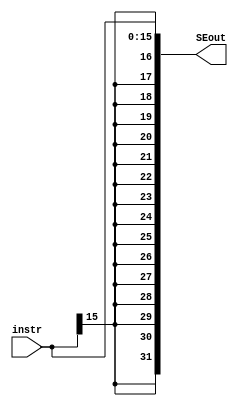
// EECE3324 
// Computer Architecture
// Final Project
// Kevin Wong & Jonathan Marrero

// Module for Sign Extend
// Input: Instruction [15-0]
// Output: Sign Extend output

module SignExtend(instr, SEout);
  
  input [15:0] instr;       // INSTRUCTIONS
  output reg [31:0] SEout;  // Output of Sign Extend module [31-0]
  // Sign Extend Operation
  always @ (instr) begin
    SEout <= $signed(instr);
  end
  
endmodule